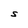
Character: S